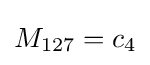
M_{127}=c_{4}